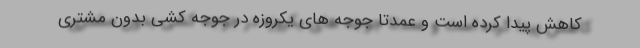
کاهش پیدا کرده است و عمدتا جوجه های یکروزه در جوجه کشی بدون مشتری